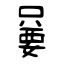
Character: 嘦